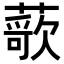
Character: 𬞢